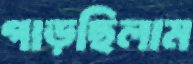
গাড়ছিলাম